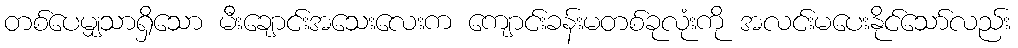
တစ်ပေမျှသာရှိသော မီးချောင်းအသေးလေးက ကျောင်းခန်းမတစ်ခုလုံးကို အလင်းမပေးနိုင်သော်လည်း